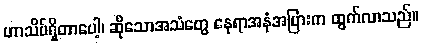
ဟာသိပ်ရှိတာပေါ့၊ ဆိုသောအသံတွေ နေရာအနှံအပြားက ထွက်လာသည်။